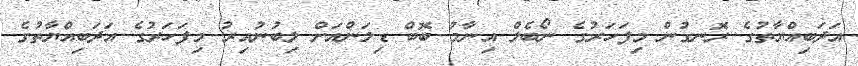
އަދަބިއްޔާތުގެ ރޮނގުން މިފަހަރުގެ ނޯބެލް އިނާމު ބޮބް ޑިލަންއަށް ލިބުނުއިރު މިފަހަރުގެ އަދަބިއްޔާތުގެ